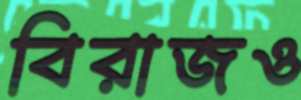
বিরাজও